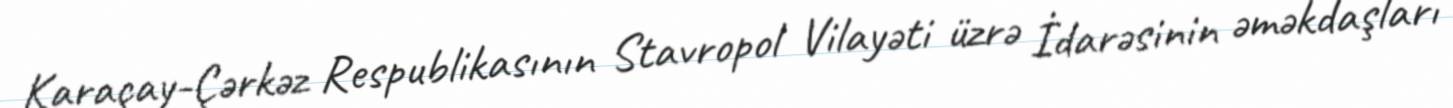
Karaçay-Çərkəz Respublikasının Stavropol Vilayəti üzrə İdarəsinin əməkdaşları